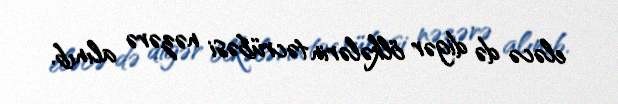
eləcə də digər ölkələrin təcrübəsi nəzərə alınıb.